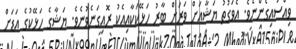
ވިއްސައިގެންނެވެ. އެވަގުތު ޔަޝާއަށް ވަރަށް ބާރު ހަޅޭކަކާއިއެކު ރޮއިގަނެވުނެވެ. ޔަޝާގެ ހަޅޭކުގެ އަޑަށް